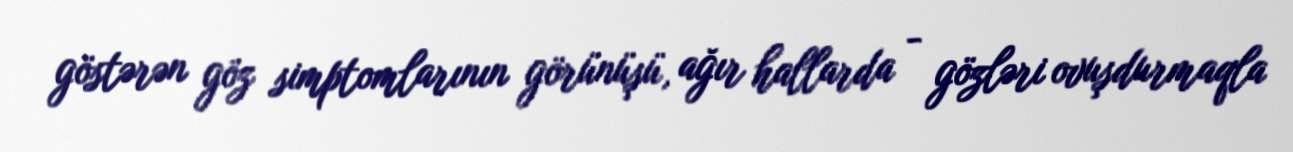
göstərən göz simptomlarının görünüşü, ağır hallarda - gözləri ovuşdurmaqla